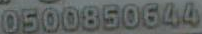
0500850644